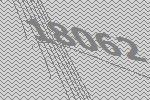
18062